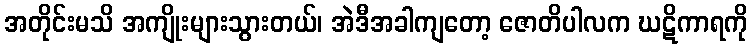
အတိုင်းမသိ အကျိုးများသွားတယ်၊ အဲဒီအခါကျတော့ ဇောတိပါလက ဃဋိကာရကို